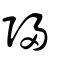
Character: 歸